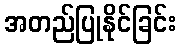
အတည်ပြုနိုင်ခြင်း